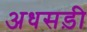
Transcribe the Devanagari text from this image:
अधसड़ी